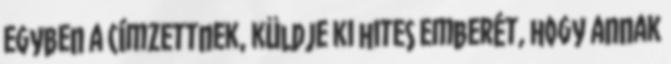
egyben a címzettnek, küldje ki hites emberét, hogy annak